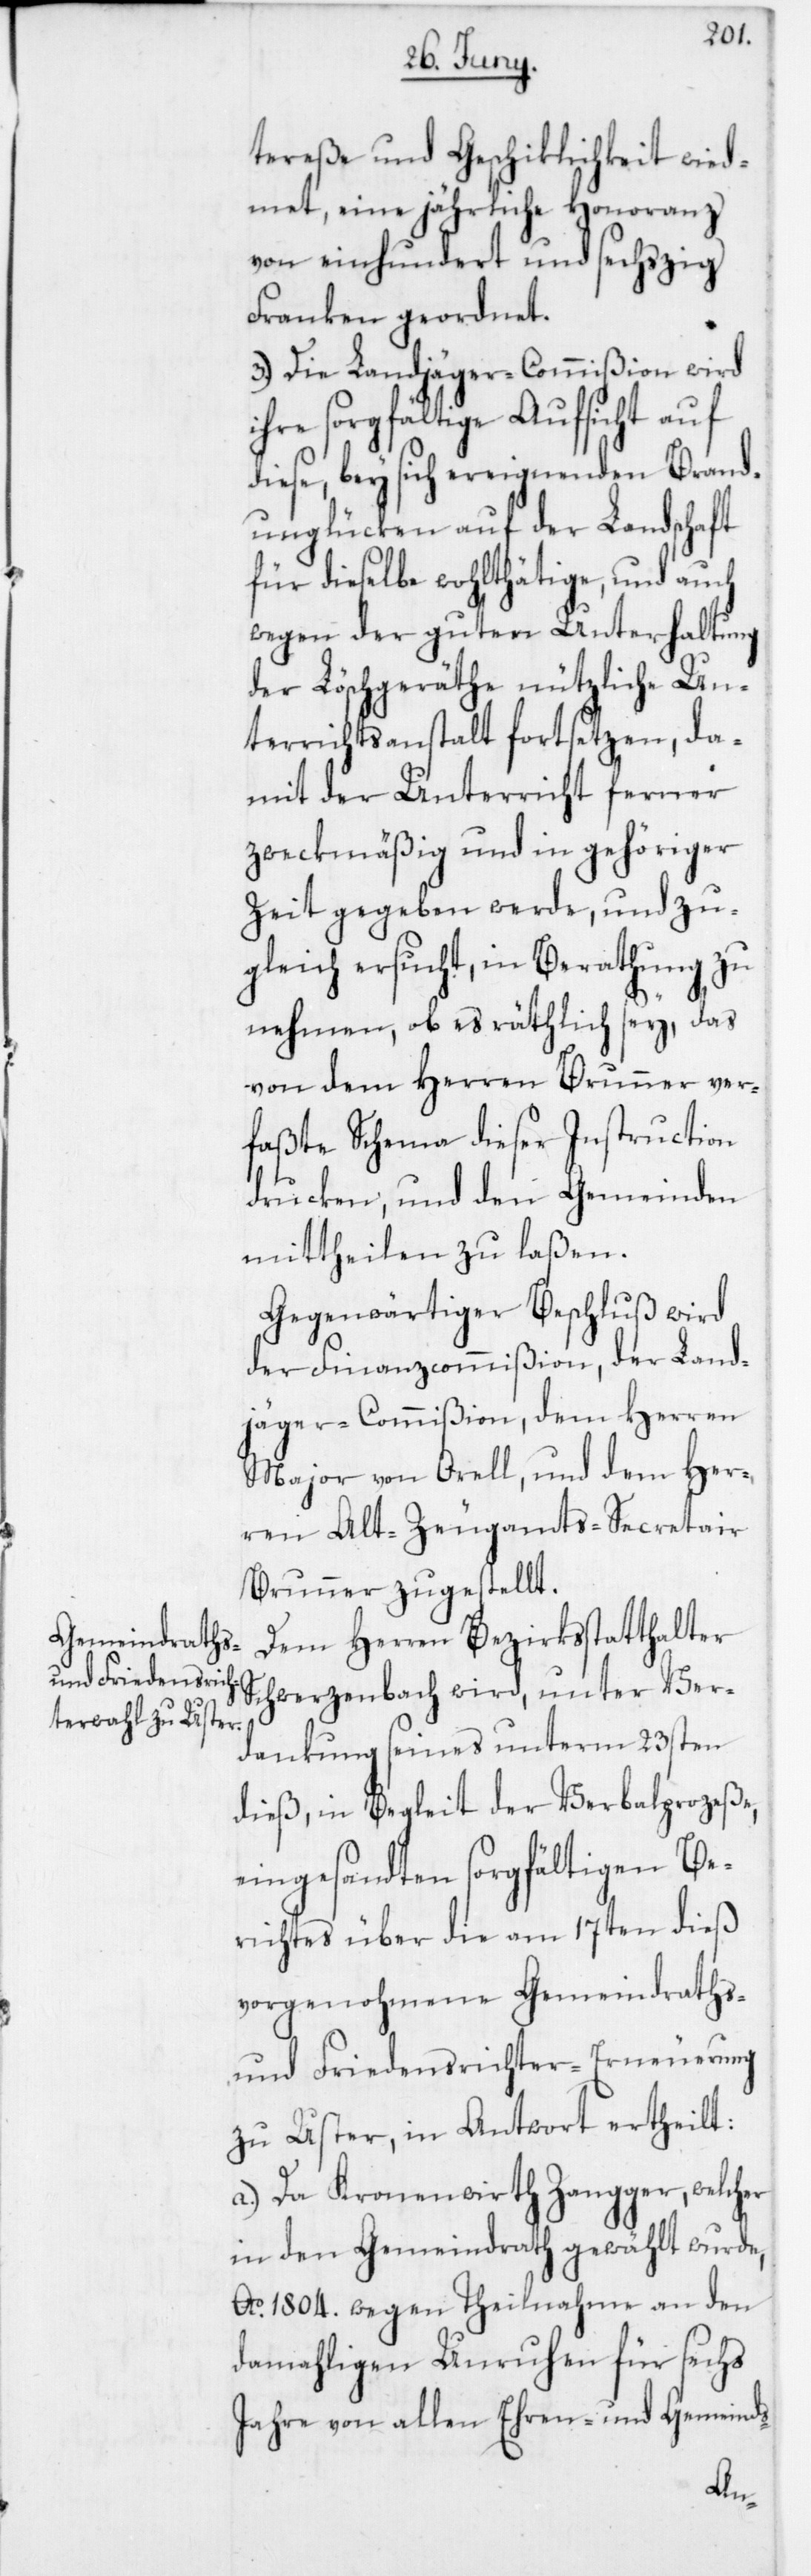
tereße und Geschiklichkeit wied¬
met, eine jährliche Honoranz
von einhundert und sechszig
Franken geordnet.
3. Die Landjäger-Commißion wird
ihre sorgfältige Aufsicht auf
diese, bey sich ereignenden Brand¬
unglücken auf der Landschaft
für dieselbe wohlthätige und auch
wegen der guten Unterhaltung
der Löschgeräthe nützliche Un¬
terrichtsanstalt fortsetzen, da¬
mit der Unterricht ferner
zweckmäßig und in gehöriger
Zeit gegeben werde, und zu¬
gleich ersucht, in Berathung zu
nehmen, ob es rätlich sey, das
von dem Herren Brunner ver¬
faßte Schema dieser Instruction
drucken und den Gemeinden
mittheilen zu laßen.
Gegenwärtiger Beschluß wird
der Finanzcommißion, der Land¬
jäger-Commißion, dem Herren
Major von Orell und dem Her¬
ren Alt-Zeugamts-Secretair
Brunner zugestellt.
Dem Herren Bezirksstatthalter
Schwerzenbach wird, unter Ver¬
dankung seines unterm 23sten
dieß, in Begleit der Verbalprozeße,
eingesandten sorgfältigen Be¬
richtes über die am 17ten dieß
vorgenohmene Gemeindraths-
und Friedensrichter-Erneuerung
zu Uster, in Antwort ertheilt:
a) Da Kronenwirth Zangger, welcher
in den Gemeindrath gewählt wurde,
Ao 1804. wegen Theilnahme an den
damahligen Unruhen für sechs
Jahre von allen Ehren- und Gemeinds-